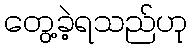
တွေ့ခဲ့ရသည်ဟု